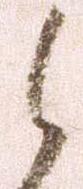
之